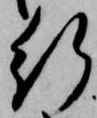
行